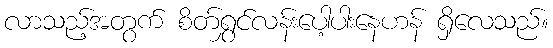
လာသည့်အတွက် စိတ်ရွှင်လန်းပေါ့ပါးနေဟန် ရှိလေသည်။